Calcutta medical institutions reports 1892-1900
Year: 1892
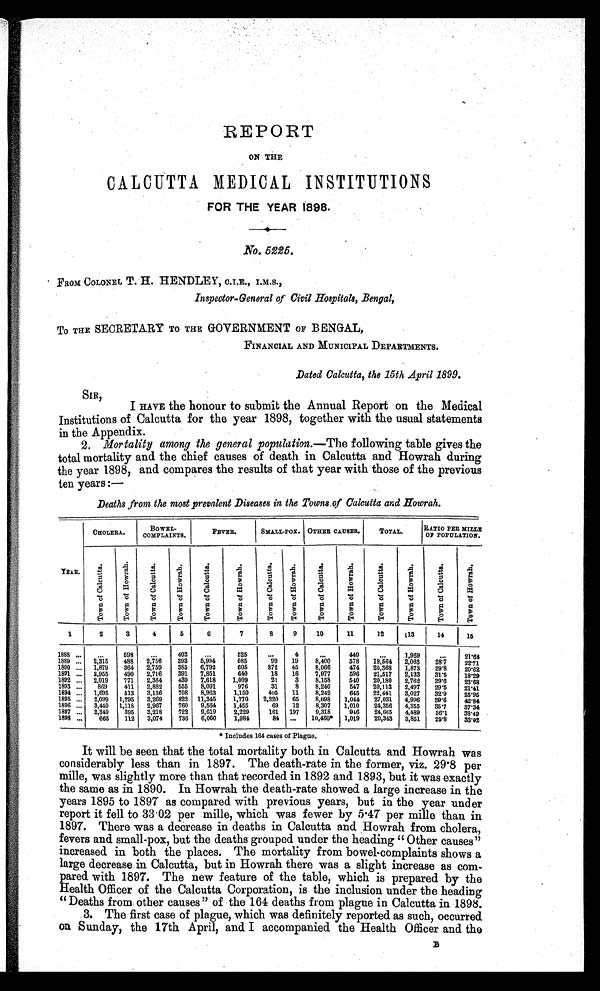
REPORT
ON THE
CALCUTTA MEDICAL INSTITUTIONS
FOR THE YEAR 1898.
No. 5225.
FROM COLONEL T. H. HENDLEY, C.I.E., I.M.S.,
Inspector-General of Civil Hospitals, Bengal,
TO THE SECRETARY TO THE GOVERNMENT OF BENGAL,
FINANCIAL AND MUNICIPAL DEPARTMENTS.
Dated Calcutta, the 15th April 1899.
SIR,
I HAVE the honour to submit the Annual Report on the Medical
Institutions of Calcutta for the year 1898, together with the usual statements
in the Appendix.
2. Mortality among the general population.— The following table gives the
total mortality and the chief causes of death in Calcutta and Howrah during
the year 1898, and compares the results of that year with those of the previous
ten years :—
Deaths from the most prevalent Diseases in the Towns of Calcutta and Howrah.
CHOLERA.
BOWEL-
COMPLAINTS.
FEVER.
SMALL-POX. OTHER CAUSES.
TOTAL.
R A T I O P E R M I L L E
OF POPULATION.
YEAR.
T o w n o f C a l c u t t a .
T o w n o f H o w r a h .
T o w n o f C a l c u t t a . T o w n o f H o w r a h .
T o w n o f C a l c u t t a .
T o w n o f H o w r a h .
T o w n o f C a l c u t t a . T o w n o f H o w r a h .
T o w n o f C a l c u t t a .
T o w n o f H o w r a h .
T o w n o f C a l c u t t a .
T o w n o f H o w r a h .
T o w n o f C a l c u t t a .
T o w n o f H o w r a h .
1
2
3
4
5
6
7
8
9
10
11
12
13
14
15
1888
1889
. . .
...
. . .
2,315
598
488
. . .
2,756
402
393
. . .
5,994
525
585
...
99
4
19
. . .
8,400
440
578
...
19,564
1,969
2,063
. . .
28.7
21.68
22.71
1890 ... 1,879
364 2,759
385 6,792
605
872 45
8,066
474 20,368 1,873 29.8
20.62
1891 ... 2,955
490 2,716
391 7,851
640
18 16
7,977
596 21,517 2,133 31.5
18.29
1892 ... 2,019
771 2,364
439 7,618
1,009
21
3
8,158
540 20,180 2,762 29.6
23.68
1893 ...
869
411 2,882
555 8,091
976
31
8
8,240
547 20,113 2,497 29.5
21.41
1894 ... 1,695
513 3,136
708 8,963
1,150
405 11
8,242
645 22,441 3,027 32.9
25.95
1895 ... 2,099 1,295 3,269
822 11,345
1,770 2,220 65
8,098 1,044 27,031 4,996 39.6
42.84
1896 ... 3,449 1,118 2,967
760 9,564
1,455
69 12
8,307 1,010 24,356 4,355 35.7
37.34
1897 ... 2,349
395 3,218
722 9,619
2,229
161 197
9,318
946 24,665 4,489
36.1
38.49
1898 ...
665
112 3,074
736 6,060
1,984
84 ...
10,460* 1,019 20,343 3,851 29.8
33.02
* Includes 164 cases of Plague.
It will be seen that the total mortality both in Calcutta and Howrah was
considerably less than in 1897. The death-rate in the former, viz. 29.8 per
mille, was slightly more than that recorded in 1892 and 1893, but it was exactly
the same as in 1890. In Howrah the death-rate showed a large increase in the
years 1895 to 1897 as compared with previous years, but in the year under
report it fell to 33.02 per mille, which was fewer by 5.47 per mille than in
1897. There was a decrease in deaths in Calcutta and Howrah from cholera,
fevers and small-pox, but the deaths grouped under the heading "Other causes"
increased in both the places. The mortality from bowel-complaints shows a
large decrease in Calcutta, but in Howrah there was a slight, increase as com-
pared with 1897. The new feature of the table, which is prepared by the
Health Officer of the Calcutta Corporation, is the inclusion under the heading
"Deaths from other causes" of the 164 deaths from plague in Calcutta in 1898.
3. The first case of plague, which was definitely reported as such, occurred
on Sunday, the 17th April, and I accompanied the Health Officer and the
B
B